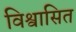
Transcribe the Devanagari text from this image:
विश्वासित